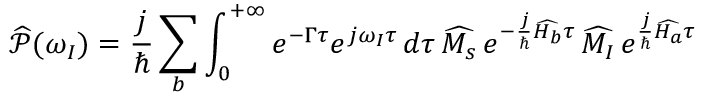
\widehat { \mathcal { P } } ( \omega _ { I } ) = \frac { j } { \hbar } \sum _ { b } \int _ { 0 } ^ { + \infty } e ^ { - \Gamma \tau } e ^ { j \omega _ { I } \tau } \, d \tau \, \widehat { M _ { s } } \, e ^ { - \frac { j } { \hbar } \widehat { H _ { b } } \tau } \, \widehat { M _ { I } } \, e ^ { \frac { j } { \hbar } \widehat { H _ { a } } \tau }